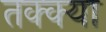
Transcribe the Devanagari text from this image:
तक्क्या